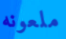
ملعونه